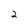
Character: 2